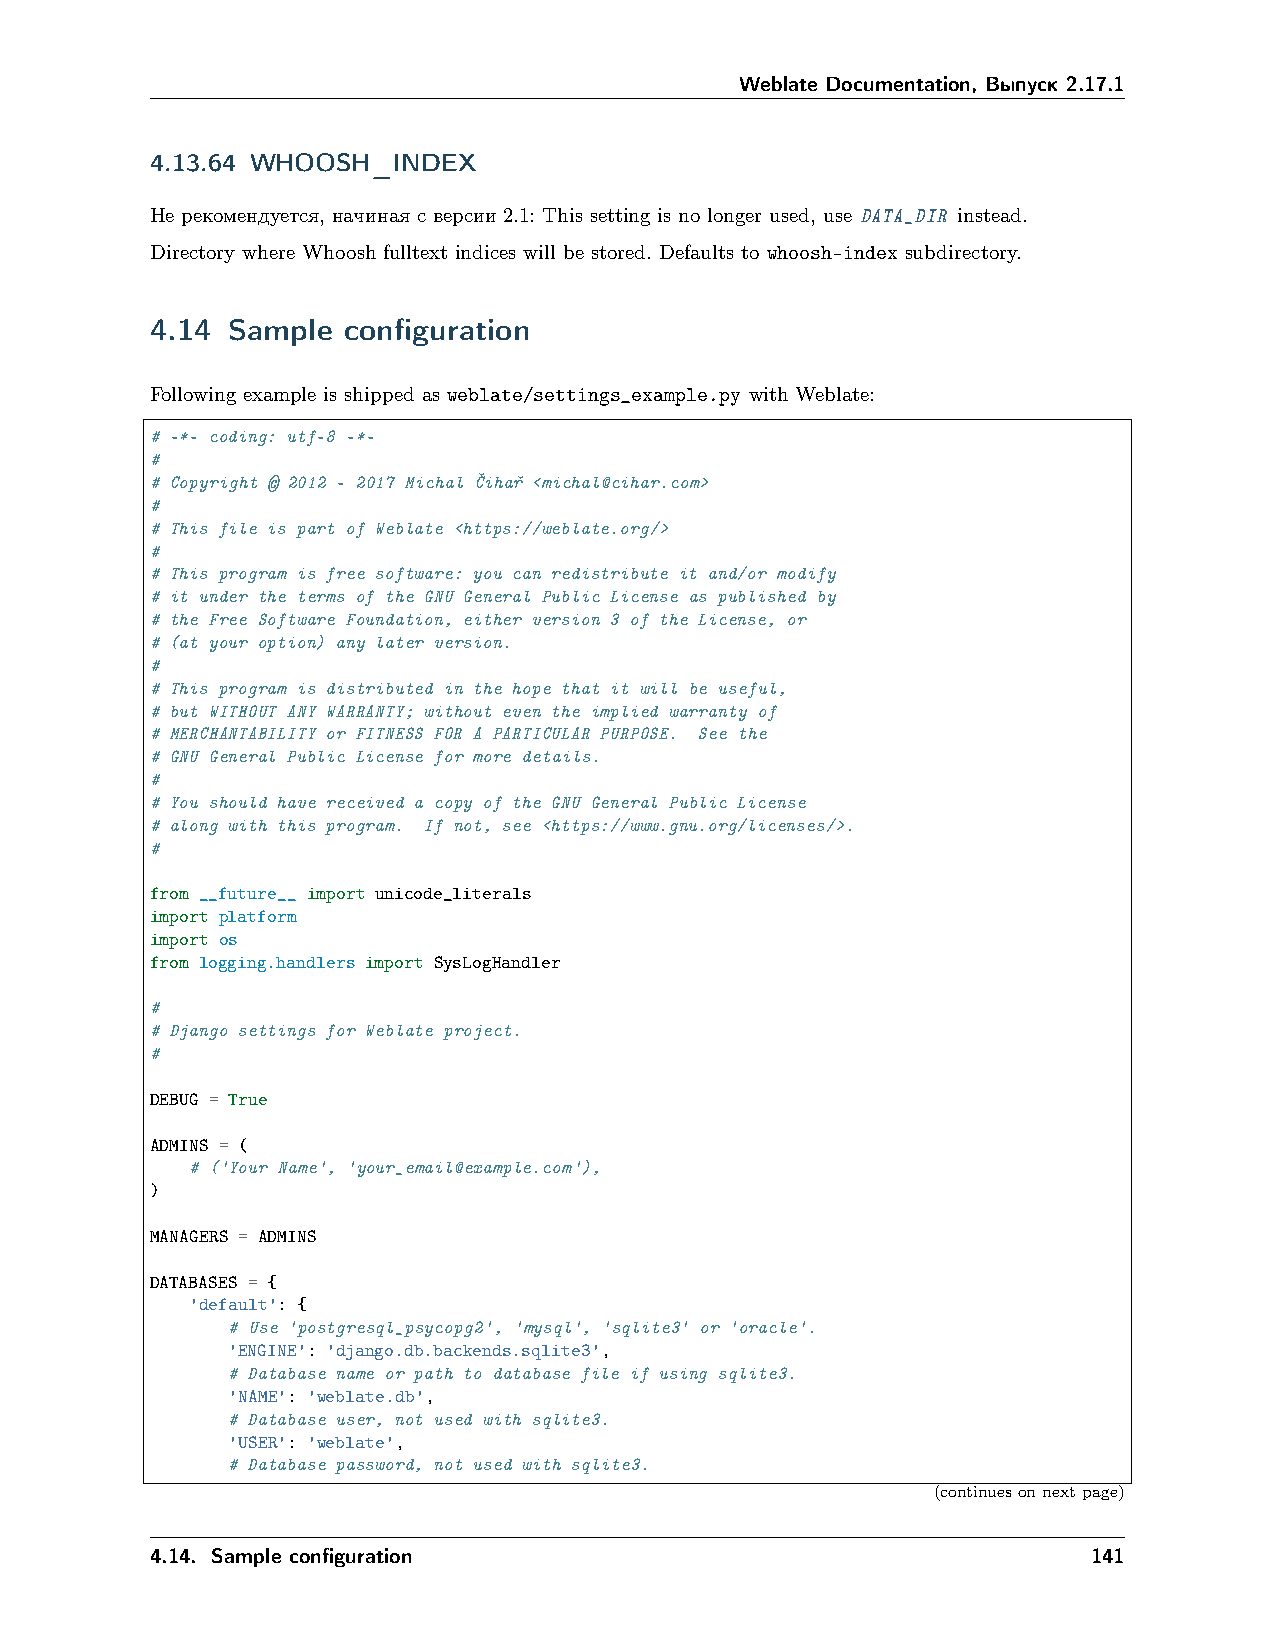
Weblate Documentation, Выпуск 2.17.1
 4.13.64 WHOOSH_INDEX
 Не рекомендуется, начиная с версии 2.1: This setting is no longer used, use DATA_DIR instead.
 Directory where Whoosh fulltext indices will be stored. Defaults to whoosh-index subdirectory.
 4.14 Sample  configuration
 Following example is shipped as weblate/settings_example.py with Weblate:
 # -*- coding: utf-8 -*-
 #
 # Copyright © 2012 - 2017 Michal Cˇiharˇ <michal@cihar.com>
 #
 # This file is part of Weblate <https://weblate.org/>
 #
 # This program is free software: you can redistribute it and/or modify
 # it under the terms of the GNU General Public License as published by
 # the Free Software Foundation, either version 3 of the License, or
 # (at your option) any later version.
 #
 # This program is distributed in the hope that it will be useful,
 # but WITHOUT ANY WARRANTY; without even the implied warranty of
 # MERCHANTABILITY or FITNESS FOR A PARTICULAR PURPOSE. See the
 # GNU General Public License for more details.
 #
 # You should have received a copy of the GNU General Public License
 # along with this program. If not, see <https://www.gnu.org/licenses/>.
 #
 from __future__ import unicode_literals
 import platform
 import os
 from logging.handlers import SysLogHandler
 #
 # Django settings for Weblate project.
 #
 DEBUG = True
 ADMINS = (
 # ('Your Name', 'your_email@example.com'),
 )
 MANAGERS = ADMINS
 DATABASES = {
 'default': {
 # Use 'postgresql_psycopg2', 'mysql', 'sqlite3' or 'oracle'.
 'ENGINE': 'django.db.backends.sqlite3',
 # Database name or path to database file if using sqlite3.
 'NAME': 'weblate.db',
 # Database user, not used with sqlite3.
 'USER': 'weblate',
 # Database password, not used with sqlite3.
 (continuesonnextpage)
 4.14. Sample configuration                                    141